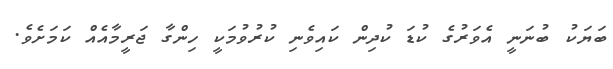
ބަޔަކު ބުނަނީ އެވަރުގެ ކުޑަ ކުދިން ކައިވެނި ކުރުވުމަކީ ހިންގާ ޖަރީމާއެއް ކަމަށެވެ.